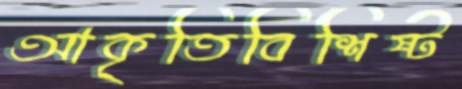
আকৃতিবিশিষ্ট